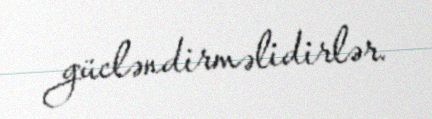
gücləndirməlidirlər.